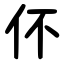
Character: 伓